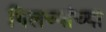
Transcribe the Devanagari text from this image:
गिलच्यांच्या